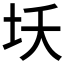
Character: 𱖎